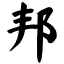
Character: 邦